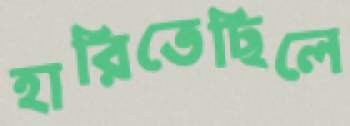
হারিতেছিলে